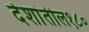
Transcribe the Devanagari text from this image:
देशांतील१८०